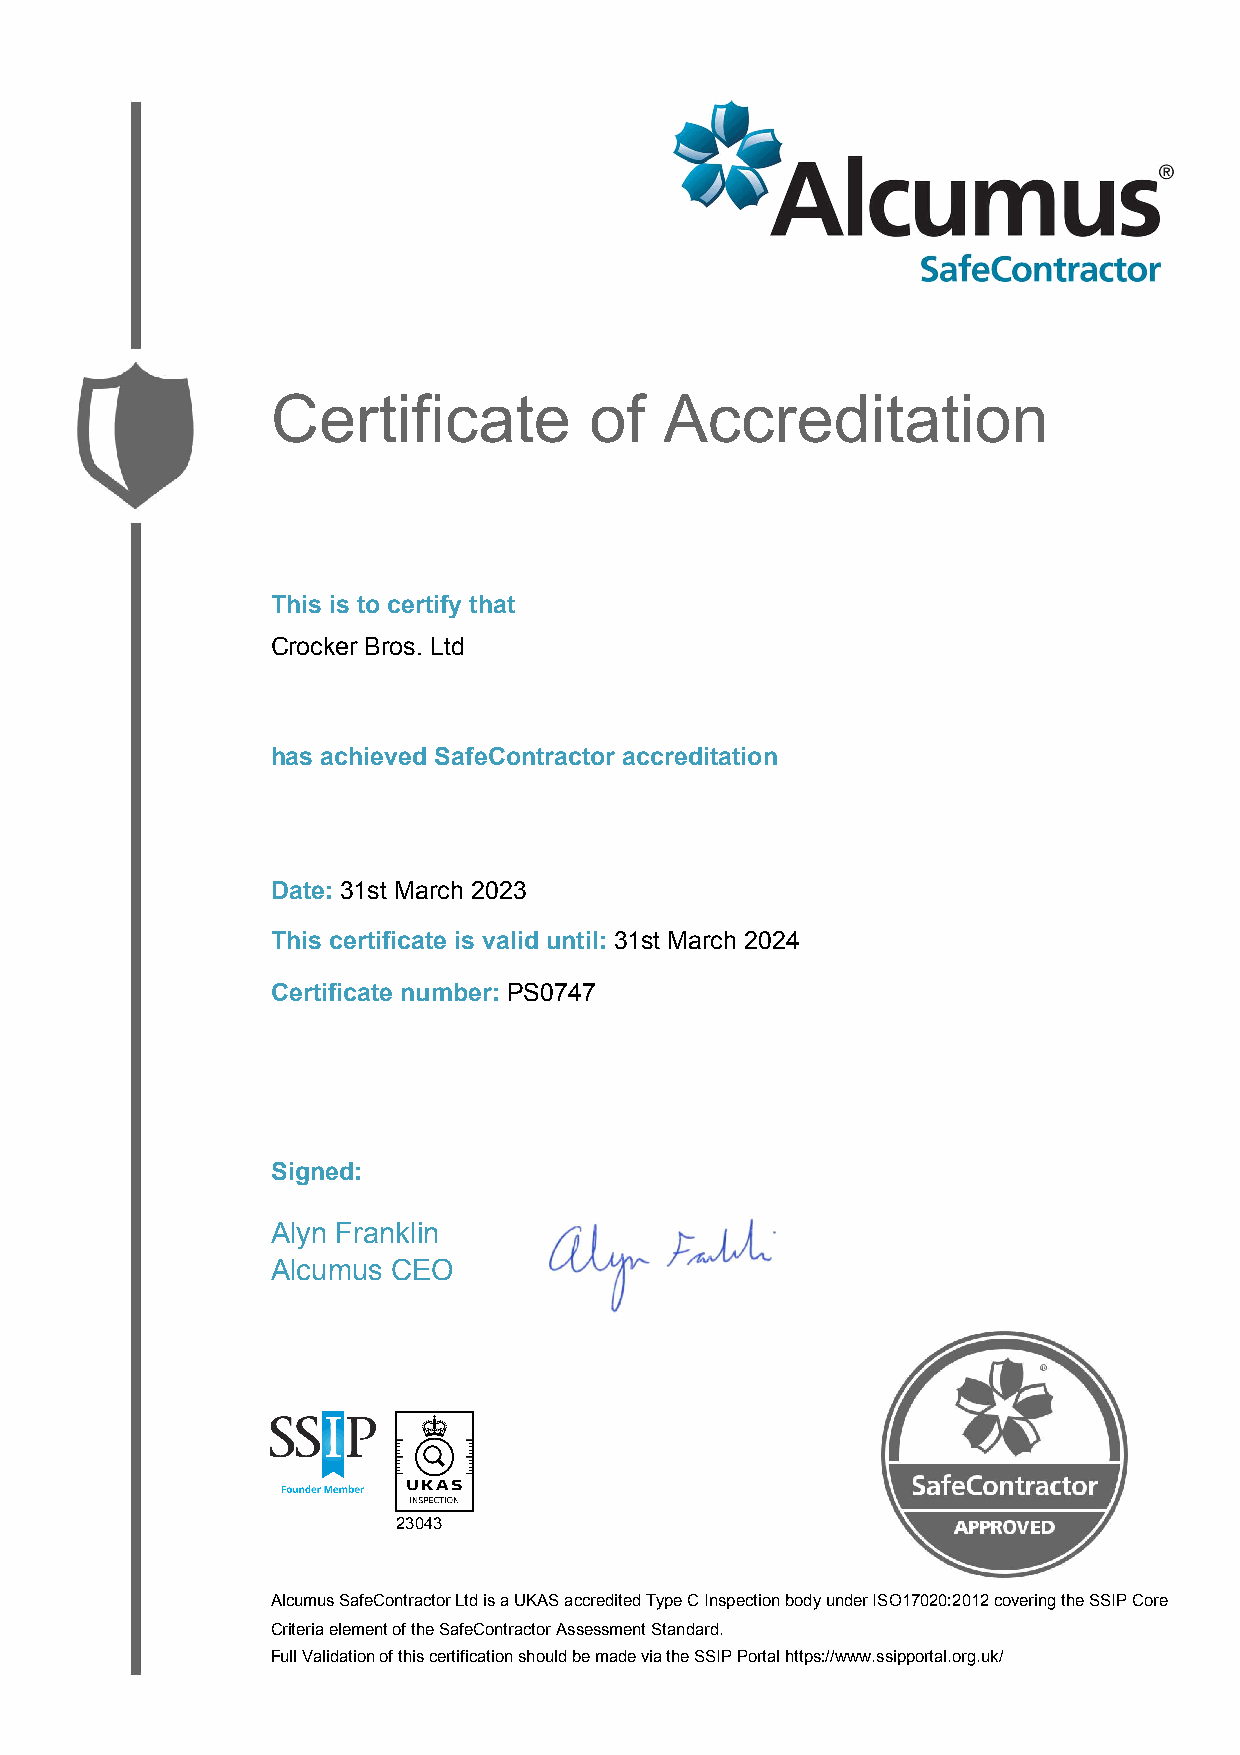
Certificate          of   Accreditation
 This is to certify that
 Crocker Bros. Ltd
 has achieved SafeContractor accreditation
 Date: 31st March 2023
 This certificate is valid until: 31st March 2024
 Certificate number: PS0747
 Signed:
 Alyn Franklin
 Alcumus CEO
 23043
 Alcumus SafeContractor Ltd is a UKAS accredited Type C Inspection body under ISO17020:2012 covering the SSIP Core
 Criteria element of the SafeContractor Assessment Standard.
 Full Validation of this certification should be made via the SSIP Portal https://www.ssipportal.org.uk/